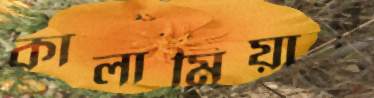
কালামিয়ার